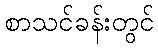
စာသင်ခန်းတွင်